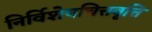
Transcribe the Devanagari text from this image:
निर्विशेषचित्तवृत्ति